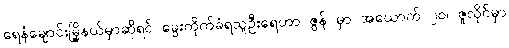
ရေနံချောင်းမြို့နယ်မှာဆိုရင် ခွေးကိုက်ခံရသူဦးရေဟာ ဇွန် မှာ အယောက် ၂၀၊ ဇူလိုင်မှာ